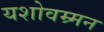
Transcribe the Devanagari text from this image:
यशोवम्र्मन